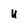
Character: u